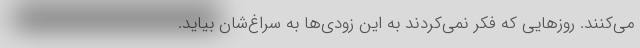
می‌کنند. روزهایی که فکر نمی‌کردند به این زودی‌ها به سراغ‌شان بیاید.